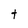
Character: t